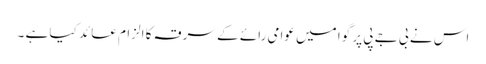
اس نے بی جے پی پر گوا میں عوامی رائے کے سرقہ کا الزام عائد کیا ہے ۔